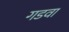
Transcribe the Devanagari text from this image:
गडवा